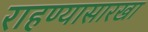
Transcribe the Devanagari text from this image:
राहण्यासारखा